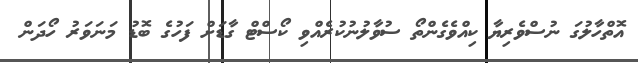
އޮތްހާލުގަ ނުސްވެރިޔާ ކިއްވެގެންތޯ ސުވާލުނުކުރެއްވި ކޯސްޓް ގާޑަށް ފަހުގެ ބޮޑު މަނަވަރު ހޯދަން